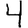
Digit: 4